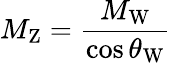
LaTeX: M_{\mathrm{Z}}={\frac{M_{\mathrm{W}}}{\cos\theta_{\mathrm{W}}}}